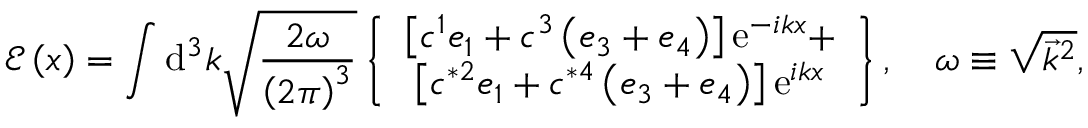
\mathcal { E } \left( x \right) = \int \mathrm { d } ^ { 3 } k \sqrt { \frac { 2 \omega } { \left( 2 \pi \right) ^ { 3 } } } \left\{ \begin{array} { c } { { \left[ c ^ { 1 } e _ { 1 } + c ^ { 3 } \left( e _ { 3 } + e _ { 4 } \right) \right] \mathrm { e } ^ { - i k x } + } } \\ { { \left[ c ^ { * 2 } e _ { 1 } + c ^ { * 4 } \left( e _ { 3 } + e _ { 4 } \right) \right] \mathrm { e } ^ { i k x } } } \end{array} \right\} , \quad \omega \equiv \sqrt { \overrightarrow { k } ^ { 2 } } ,